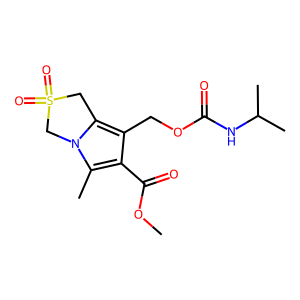
SMILES: COC(=O)c1c(COC(=O)NC(C)C)c2n(c1C)CS(=O)(=O)C2
Inhibits HIV replication: No